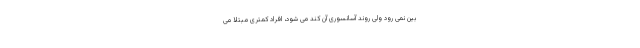
بین نمی رود ولی روند آسانسوری آن کُند می شود، افراد کمتری مبتلا می